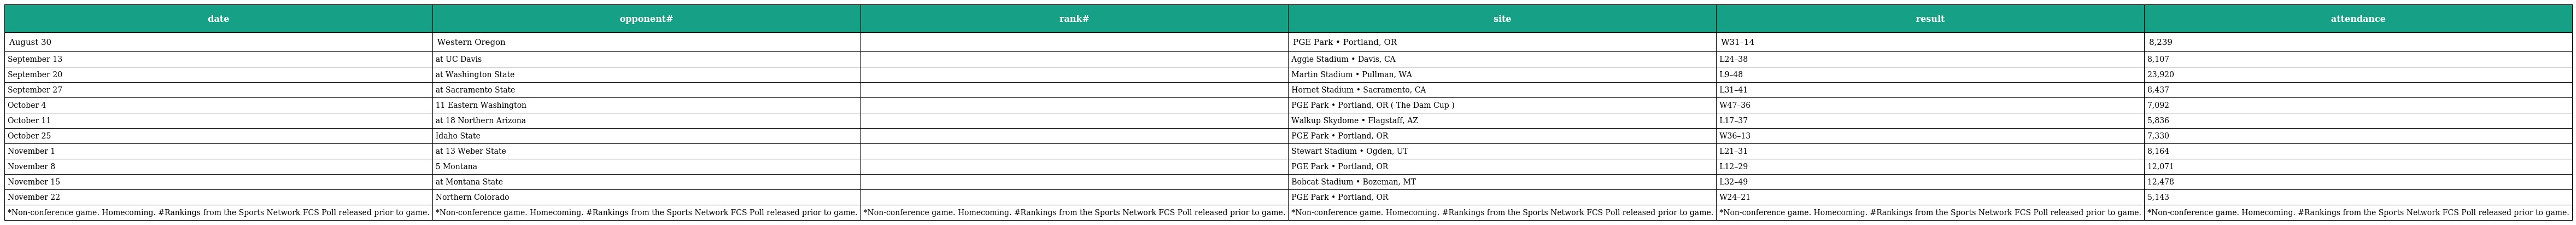
| date | opponent# | rank# | site | result | attendance |
 | --- | --- | --- | --- | --- | --- |
 | August 30 | Western Oregon |  | PGE Park • Portland, OR | W31–14 | 8,239 |
 | September 13 | at UC Davis |  | Aggie Stadium • Davis, CA | L24–38 | 8,107 |
 | September 20 | at Washington State |  | Martin Stadium • Pullman, WA | L9–48 | 23,920 |
 | September 27 | at Sacramento State |  | Hornet Stadium • Sacramento, CA | L31–41 | 8,437 |
 | October 4 | 11 Eastern Washington |  | PGE Park • Portland, OR ( The Dam Cup ) | W47–36 | 7,092 |
 | October 11 | at 18 Northern Arizona |  | Walkup Skydome • Flagstaff, AZ | L17–37 | 5,836 |
 | October 25 | Idaho State |  | PGE Park • Portland, OR | W36–13 | 7,330 |
 | November 1 | at 13 Weber State |  | Stewart Stadium • Ogden, UT | L21–31 | 8,164 |
 | November 8 | 5 Montana |  | PGE Park • Portland, OR | L12–29 | 12,071 |
 | November 15 | at Montana State |  | Bobcat Stadium • Bozeman, MT | L32–49 | 12,478 |
 | November 22 | Northern Colorado |  | PGE Park • Portland, OR | W24–21 | 5,143 |
 | *Non-conference game. Homecoming. #Rankings from the Sports Network FCS Poll released prior to game. | *Non-conference game. Homecoming. #Rankings from the Sports Network FCS Poll released prior to game. | *Non-conference game. Homecoming. #Rankings from the Sports Network FCS Poll released prior to game. | *Non-conference game. Homecoming. #Rankings from the Sports Network FCS Poll released prior to game. | *Non-conference game. Homecoming. #Rankings from the Sports Network FCS Poll released prior to game. | *Non-conference game. Homecoming. #Rankings from the Sports Network FCS Poll released prior to game. |